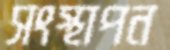
সংস্থাপন